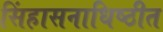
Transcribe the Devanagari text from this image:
सिंहासनाधिष्ठीत